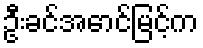
ဦးခင်အောင်မြင့်က